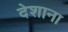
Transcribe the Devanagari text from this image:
देशाना